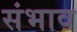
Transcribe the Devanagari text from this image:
संभाव